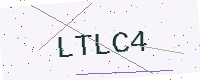
Text: LTLC4